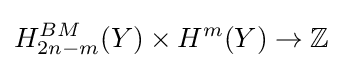
H_{2n-m}^{BM}(Y)\times H^{m}(Y)\to \mathbb {Z}